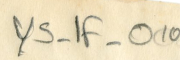
YS-1F-010